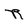
Character: R